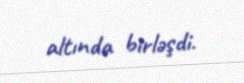
altında birləşdi.